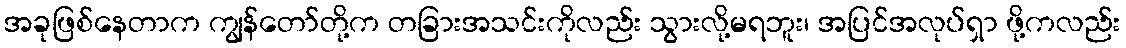
အခုဖြစ်နေတာက ကျွန်တော်တို့က တခြားအသင်းကိုလည်း သွားလို့မရဘူး၊ အပြင်အလုပ်ရှာ ဖို့ကလည်း